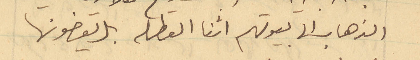
الذهاب الى بيوتهم اثنا العطله بل يقضونها